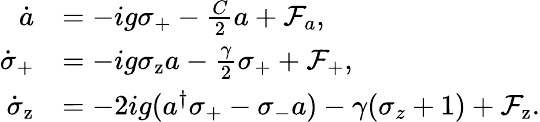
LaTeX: \begin{array}{rl}{\dot{a}}&{=-ig\sigma_{\mathrm{+}}-\frac{C}{2}a+\mathcal{F}_{a},}\\ {\dot{\sigma}_{\mathrm{+}}}&{=-ig\sigma_{\mathrm{z}}a-\frac{\gamma}{2}\sigma_{\mathrm{+}}+\mathcal{F}_{\mathrm{+}},}\\ {\dot{\sigma}_{\mathrm{z}}}&{=-2ig(a^{\dagger}\sigma_{\mathrm{+}}-\sigma_{\mathrm{-}}a)-\gamma(\sigma_{z}+1)+\mathcal{F}_{\mathrm{z}}.}\end{array}